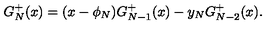
G _ { N } ^ { + } ( x ) = ( x - \phi _ { N } ) G _ { N - 1 } ^ { + } ( x ) - y _ { N } G _ { N - 2 } ^ { + } ( x ) .